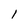
Character: I